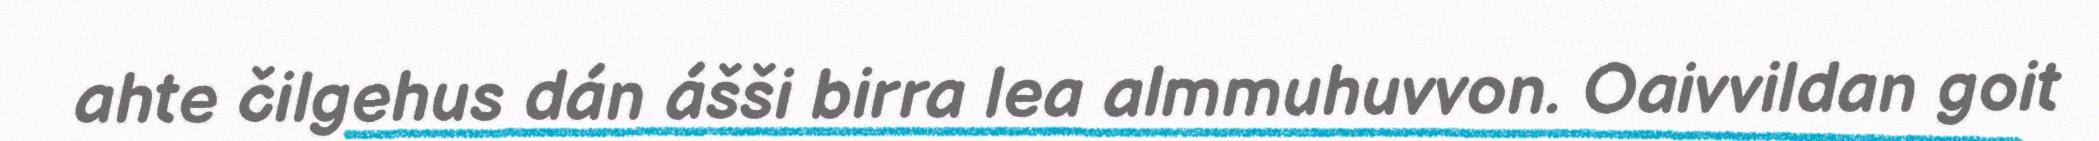
ahte čilgehus dán ášši birra lea almmuhuvvon. Oaivvildan goit